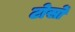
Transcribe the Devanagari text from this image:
टोर्सो